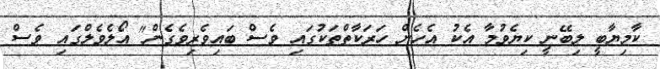
ކާމިޔާބީ ލިބޭނީ ކިޔެވުމާ އެކު އެހެން ހަރަކާތްތަކުގައި ވެސް ބައިވެރިވެގެން" އޯލެވެލްގައި ވެސް